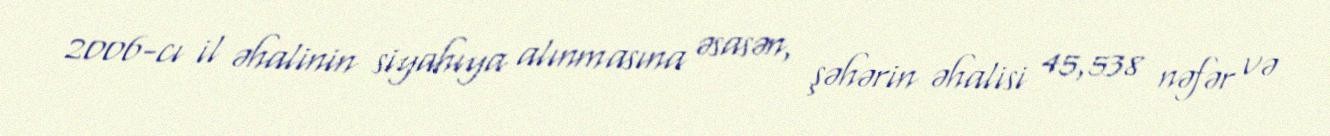
2006-cı il əhalinin siyahıya alınmasına əsasən, şəhərin əhalisi 45,538 nəfər və